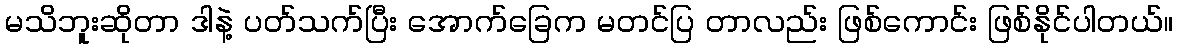
မသိဘူးဆိုတာ ဒါနဲ့ ပတ်သက်ပြီး အောက်ခြေက မတင်ပြ တာလည်း ဖြစ်ကောင်း ဖြစ်နိုင်ပါတယ်။